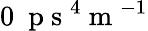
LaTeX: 0~\mathrm{~p~s~}^{4}\mathrm{~m~}^{-1}